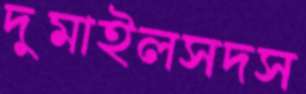
দুমাইলসদস